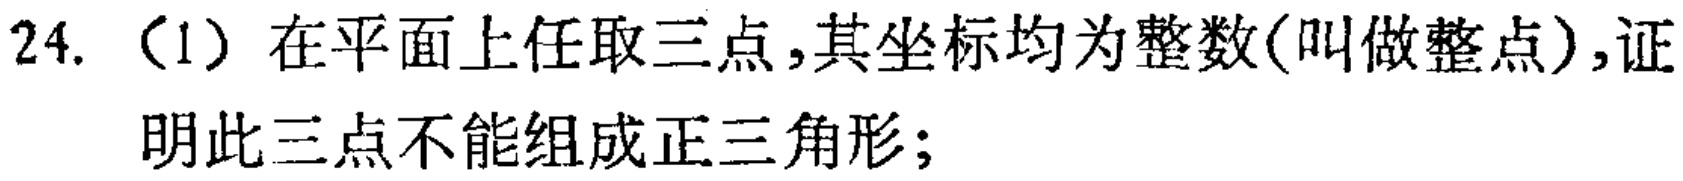
24. （1）在平面上任取三点，其坐标均为整数(叫做整点)，证明此三点不能组成正三角形；